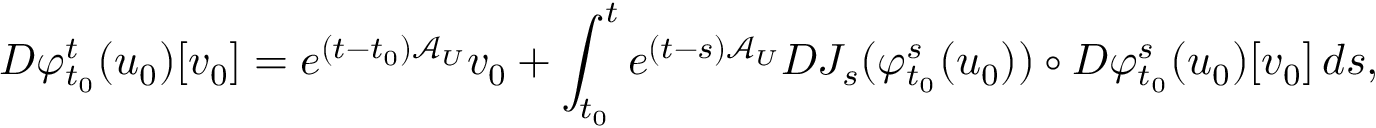
D \varphi _ { t _ { 0 } } ^ { t } ( u _ { 0 } ) [ v _ { 0 } ] = e ^ { ( t - t _ { 0 } ) \mathcal { A } _ { U } } v _ { 0 } + \int _ { t _ { 0 } } ^ { t } e ^ { ( t - s ) \mathcal { A } _ { U } } D J _ { s } ( \varphi _ { t _ { 0 } } ^ { s } ( u _ { 0 } ) ) \circ D \varphi _ { t _ { 0 } } ^ { s } ( u _ { 0 } ) [ v _ { 0 } ] \, d s ,